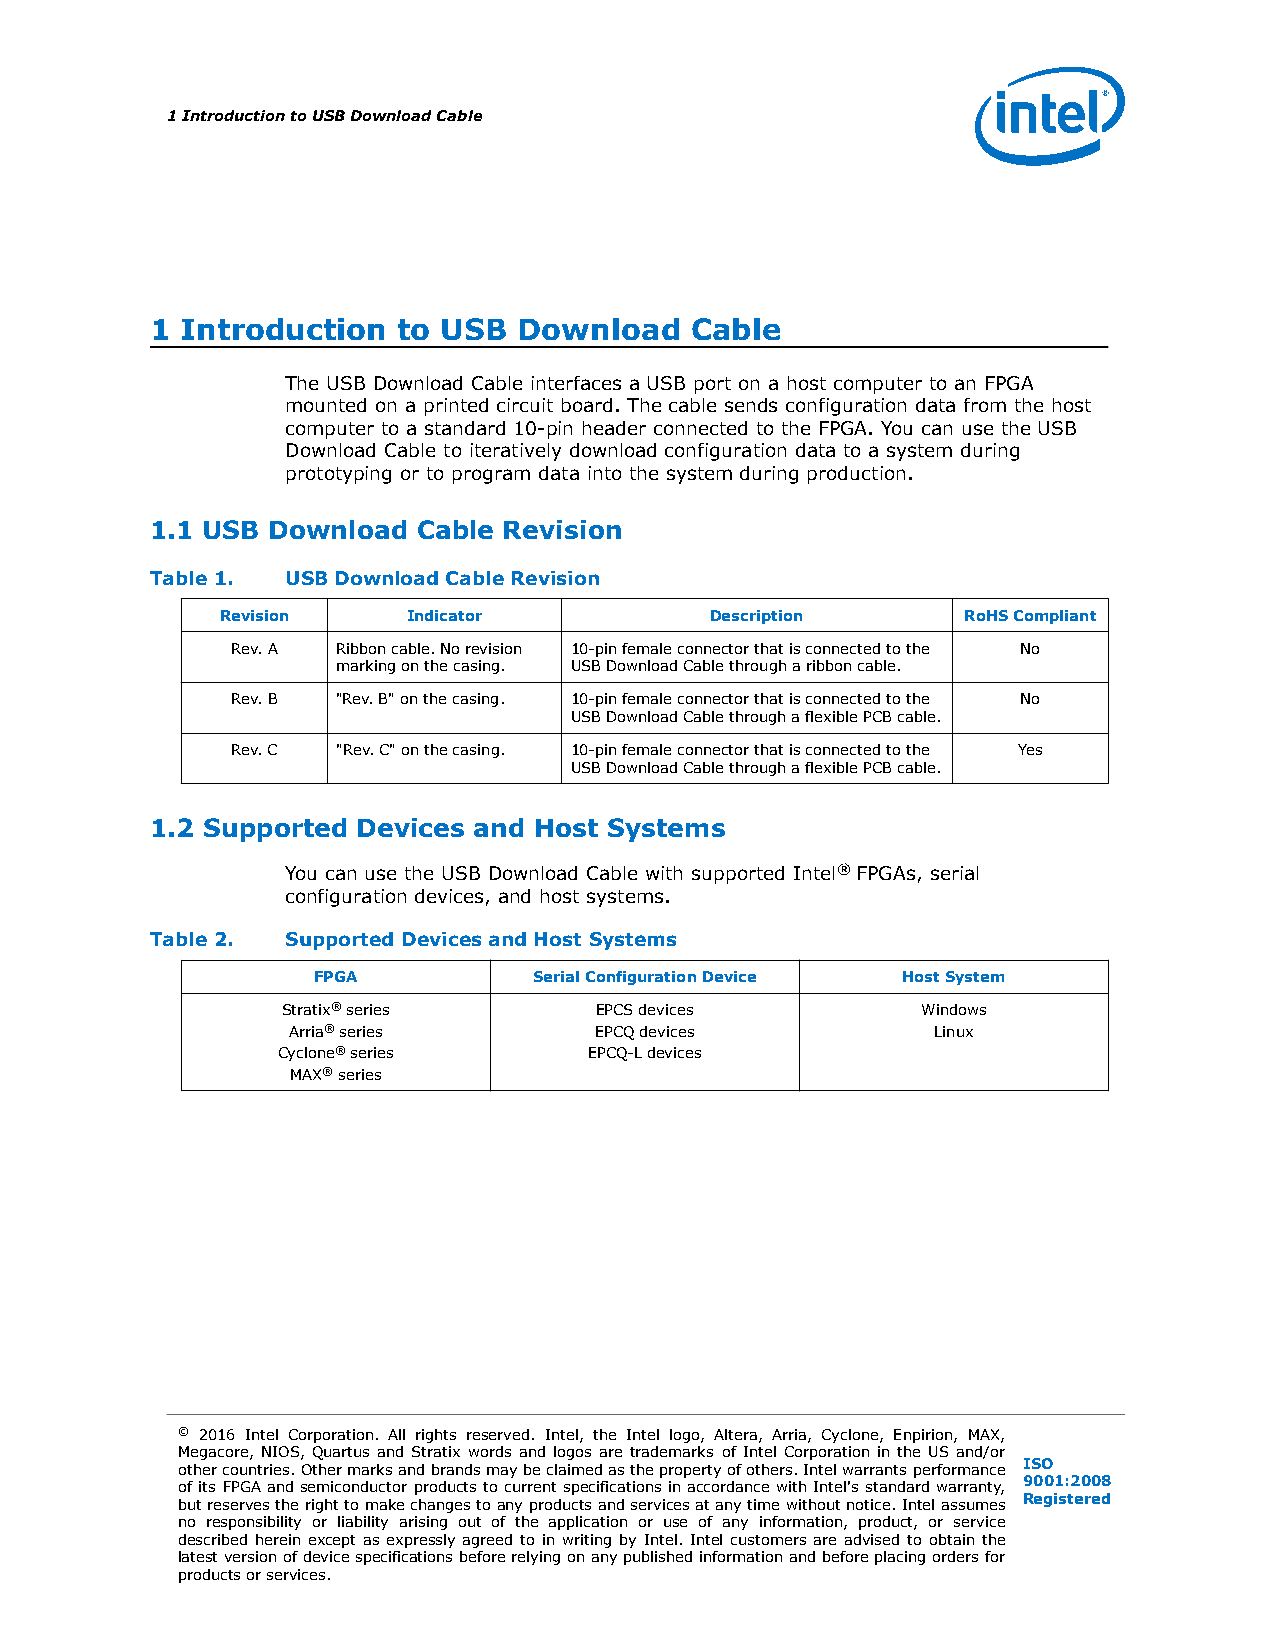
1 Introduction to USB Download Cable
 1 Introduction  to USB  Download    Cable
 The USB Download Cable interfaces a USB port on a host computer to an FPGA
 mounted on a printed circuit board. The cable sends configuration data from the host
 computer to a standard 10-pin header connected to the FPGA. You can use the USB
 Download Cable to iteratively download configuration data to a system during
 prototyping or to program data into the system during production.
 1.1 USB Download  Cable Revision
 Table 1. USB Download Cable Revision
 Revision    Indicator           Description      RoHS Compliant
 Rev. A Ribbon cable. No revision 10-pin female connector that is connected to the No
 marking on the casing. USB Download Cable through a ribbon cable.
 Rev. B "Rev. B" on the casing. 10-pin female connector that is connected to the No
 USB Download Cable through a flexible PCB cable.
 Rev. C "Rev. C" on the casing. 10-pin female connector that is connected to the Yes
 USB Download Cable through a flexible PCB cable.
 1.2 Supported Devices and Host Systems
 You can use the USB Download Cable with supported Intel® FPGAs, serial
 configuration devices, and host systems.
 Table 2. Supported Devices and Host Systems
 FPGA          Serial Configuration Device Host System
 Stratix® series     EPCS devices          Windows
 Arria® series       EPCQ devices           Linux
 Cyclone® series      EPCQ-L devices
 MAX® series
 © 2016 Intel Corporation. All rights reserved. Intel, the Intel logo, Altera, Arria, Cyclone, Enpirion, MAX,
 Megacore, NIOS, Quartus and Stratix words and logos are trademarks of Intel Corporation in the US and/or
 other countries. Other marks and brands may be claimed as the property of others. Intel warrants performance ISO
 of its FPGA and semiconductor products to current specifications in accordance with Intel's standard warranty, 9001:2008
 but reserves the right to make changes to any products and services at any time without notice. Intel assumes Registered
 no responsibility or liability arising out of the application or use of any information, product, or service
 described herein except as expressly agreed to in writing by Intel. Intel customers are advised to obtain the
 latest version of device specifications before relying on any published information and before placing orders for
 products or services.